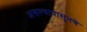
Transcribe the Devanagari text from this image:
असल्यापासूनचे